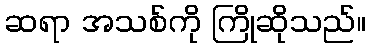
ဆရာ အသစ်ကို ကြိုဆိုသည်။